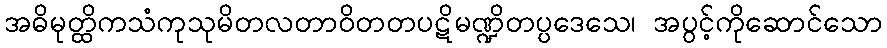
အဓိမုတ္ထိကသံကုသုမိတလတာဝိတတပဋိမဏ္ဍိတပ္ပဒေသေ၊ အပွင့်ကိုဆောင်သော